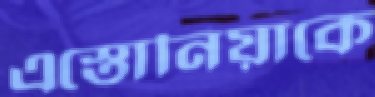
এস্তোনিয়াকে